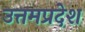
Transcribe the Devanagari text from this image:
उत्तमप्रदेश